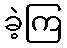
ခဲ့ကြ